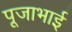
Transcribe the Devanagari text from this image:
पूजाभाई